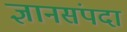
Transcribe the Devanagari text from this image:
ज्ञानसंपदा